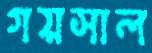
গয়সাল